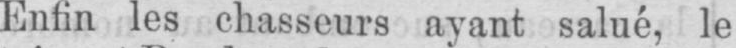
Enfin les chasseurs ayant salué, le